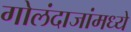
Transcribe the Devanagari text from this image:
गोलंदाजांमध्ये